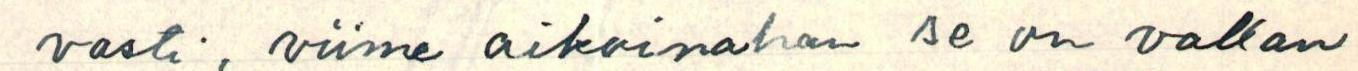
vasti, viime aikoinahan se on vallan